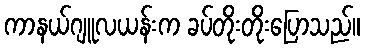
ကာနယ်ဂျူလယန်းက ခပ်တိုးတိုးပြောသည်။